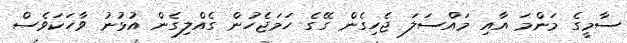
ސާމީގެ މަންމަ އާއި މައްސަލަ ޖެހިގެން ގޭގެ ހަމަޖެހުން ގެއްލިގެން އުޅުނު ވާހަކަވެސް